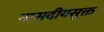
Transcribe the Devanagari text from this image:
नासदीयसूक्त